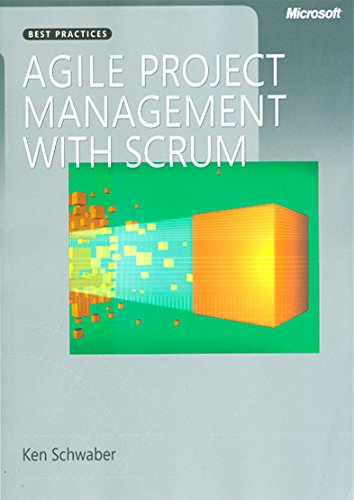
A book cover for Agile Project Management with Scrum (Developer Best Practices); Ken Schwaber; Computers & Technology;